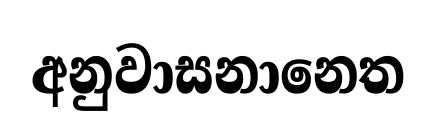
අනුවාසනානෙත